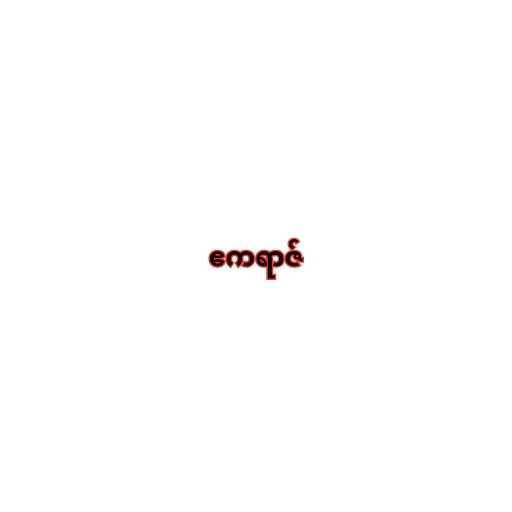
ဧကရာဇ်